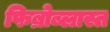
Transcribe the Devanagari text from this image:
फिब्रोब्लास्त